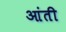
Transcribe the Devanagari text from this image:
आंती